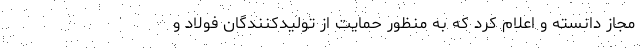
مجاز دانسته و اعلام کرد که به منظور حمایت از تولیدکنندگان فولاد و